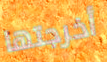
أخرجتها